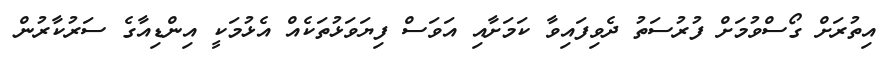
އިތުރަށް ގޯސްވުމަށް ފުރުސަތު ދެވިފައިވާ ކަމަށާއި އަވަސް ފިޔަވަޅުތަކެއް އެޅުމަކީ އިންޑިއާގެ ސަރުކާރުން